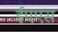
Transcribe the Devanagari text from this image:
ईएएस